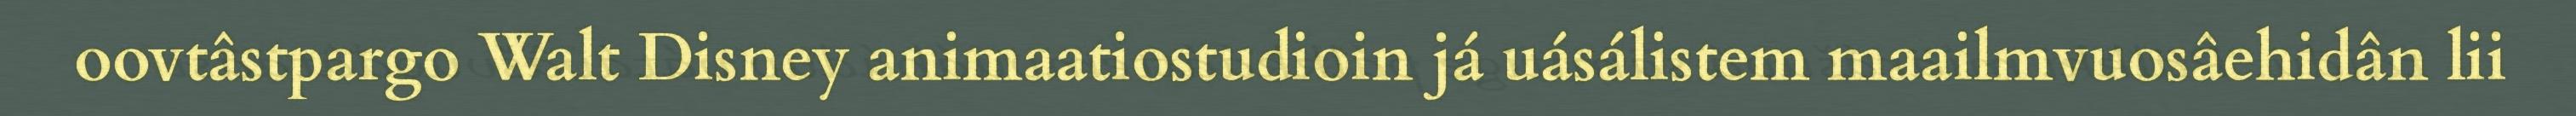
oovtâstpargo Walt Disney animaatiostudioin já uásálistem maailmvuosâehidân lii